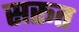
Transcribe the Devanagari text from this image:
सरूत